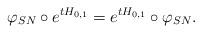
LaTeX: \begin{align*}\varphi_{SN} \circ e^{t H_{0,1}} = e^{t H_{0,1}} \circ \varphi_{SN}.\end{align*}